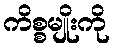
ကိစ္စမျိုးကို